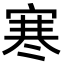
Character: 寒